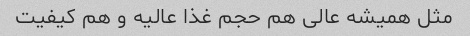
مثل همیشه عالی هم حجم غذا عالیه و هم کیفیت